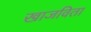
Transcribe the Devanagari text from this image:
खाजविता